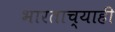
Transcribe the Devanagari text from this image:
भारताच्याही